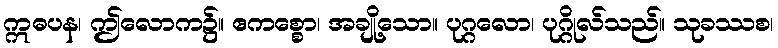
ဣဓပန၊ ဤလောက၌။ ဧကစ္စော၊ အချို့သော။ ပုဂ္ဂလော၊ ပုဂ္ဂိုလ်သည်။ သုခဿစ၊